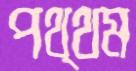
পথ্থম